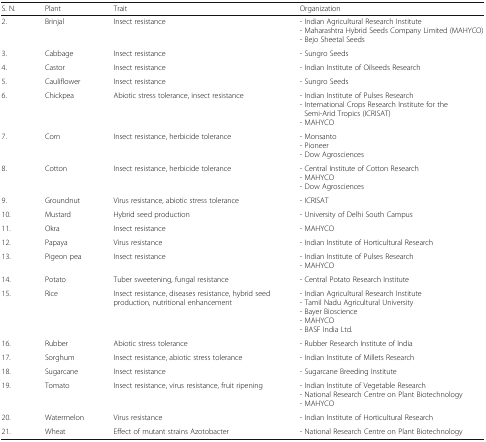
| S. N. | Plant | Trait | Organization |
 | --- | --- | --- | --- |
 | 2. | Brinjal | Insect resistance | - Indian Agricultural Research Institute- Maharashtra Hybrid Seeds Company Limited (MAHYCO)- Bejo Sheetal Seeds |
 | 3. | Cabbage | Insect resistance | - Sungro Seeds |
 | 4. | Castor | Insect resistance | - Indian Institute of Oilseeds Research |
 | 5. | Cauliflower | Insect resistance | - Sungro Seeds |
 | 6. | Chickpea | Abiotic stress tolerance, insect resistance | - Indian Institute of Pulses Research- International Crops Research Institute for the Semi-Arid Tropics (ICRISAT)- MAHYCO |
 | 7. | Corn | Insect resistance, herbicide tolerance | - Monsanto- Pioneer- Dow Agrosciences |
 | 8. | Cotton | Insect resistance, herbicide tolerance | - Central Institute of Cotton Research- MAHYCO- Dow Agrosciences |
 | 9. | Groundnut | Virus resistance, abiotic stress tolerance | - ICRISAT |
 | 10. | Mustard | Hybrid seed production | - University of Delhi South Campus |
 | 11. | Okra | Insect resistance | - MAHYCO |
 | 12. | Papaya | Virus resistance | - Indian Institute of Horticultural Research |
 | 13. | Pigeon pea | Insect resistance | - Indian Institute of Pulses Research- MAHYCO |
 | 14. | Potato | Tuber sweetening, fungal resistance | - Central Potato Research Institute |
 | 15. | Rice | Insect resistance, diseases resistance, hybrid seed production, nutritional enhancement | - Indian Agricultural Research Institute- Tamil Nadu Agricultural University- Bayer Bioscience- MAHYCO- BASF India Ltd. |
 | 16. | Rubber | Abiotic stress tolerance | - Rubber Research Institute of India |
 | 17. | Sorghum | Insect resistance, abiotic stress tolerance | - Indian Institute of Millets Research |
 | 18. | Sugarcane | Insect resistance | - Sugarcane Breeding Institute |
 | 19. | Tomato | Insect resistance, virus resistance, fruit ripening | - Indian Institute of Vegetable Research- National Research Centre on Plant Biotechnology- MAHYCO |
 | 20. | Watermelon | Virus resistance | - Indian Institute of Horticultural Research |
 | 21. | Wheat | Effect of mutant strains Azotobacter | - National Research Centre on Plant Biotechnology |